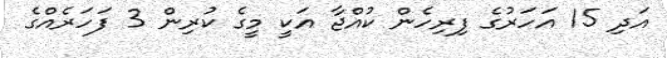
އަދި 15 އަހަރުގެ ފިރިހެން ކުއްޖާ އަކީ މީގެ ކުރިން 3 ފަހަރެއްގެ